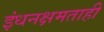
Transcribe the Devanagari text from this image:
इंधनक्षमताही